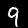
Label: 9